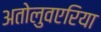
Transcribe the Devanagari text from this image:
अतोलुवएरिया